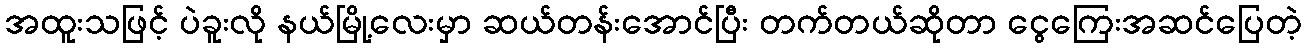
အထူးသဖြင့် ပဲခူးလို နယ်မြို့လေးမှာ ဆယ်တန်းအောင်ပြီး တက်တယ်ဆိုတာ ငွေကြေးအဆင်ပြေတဲ့